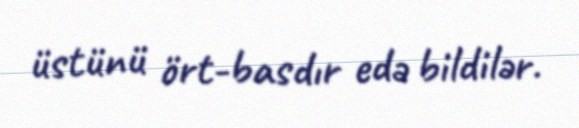
üstünü ört-basdır edə bildilər.